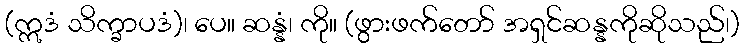
(ဣဒံ သိက္ခာပဒံ)၊ ပေ။ ဆန္နံ၊ ကို။ (ဖွားဖက်တော် အရှင်ဆန္နကိုဆိုသည်၊)